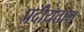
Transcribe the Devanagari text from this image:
प्रदीयताम्